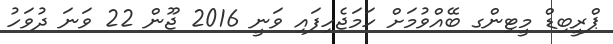
ޕްރީބިޑް މީޓިންގ ބޭއްވުމަށް ހަމަޖެހިފައި ވަނީ 2016 ޖޫން 22 ވަނަ ދުވަހު